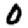
Digit: 0